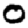
Digit: 0